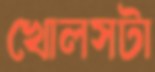
খোলসটা